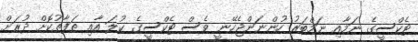
ޓެކްސީގެ ނަމާއި ނަމްބަރު ހުންނަންޖެހޭނީ ވެސް ޓެކްސީގެ ކުލަ އާއި ތަފާތުކޮށް ދުރަށް